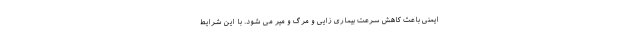
ایمنی باعث کاهش سرعت بیماری زایی و مرگ و میر می شود. با این شرایط